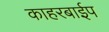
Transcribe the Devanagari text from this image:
काहरबाईप